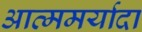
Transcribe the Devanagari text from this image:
आत्ममर्यादा